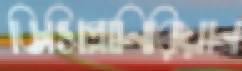
ডিসিপ্লানিরিয়ান